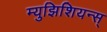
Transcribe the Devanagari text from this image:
म्युझिशियन्स्